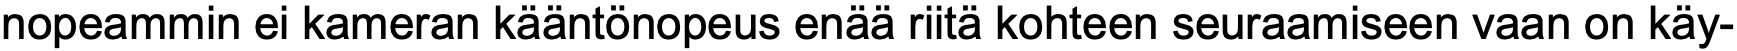
nopeammin ei kameran kääntönopeus enää riitä kohteen seuraamiseen vaan on käy-